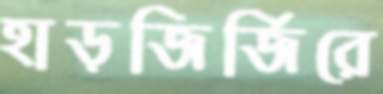
হাড়জির্‌জিরে